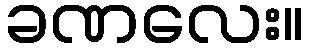
ခဏလေး။